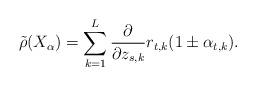
LaTeX: \begin{align*} \tilde{\rho} (X_{\alpha}) = \sum _{k=1} ^L \frac{\partial}{\partial z_{s,k}} r_{t,k} (1 \pm \alpha _{t,k}).\end{align*}